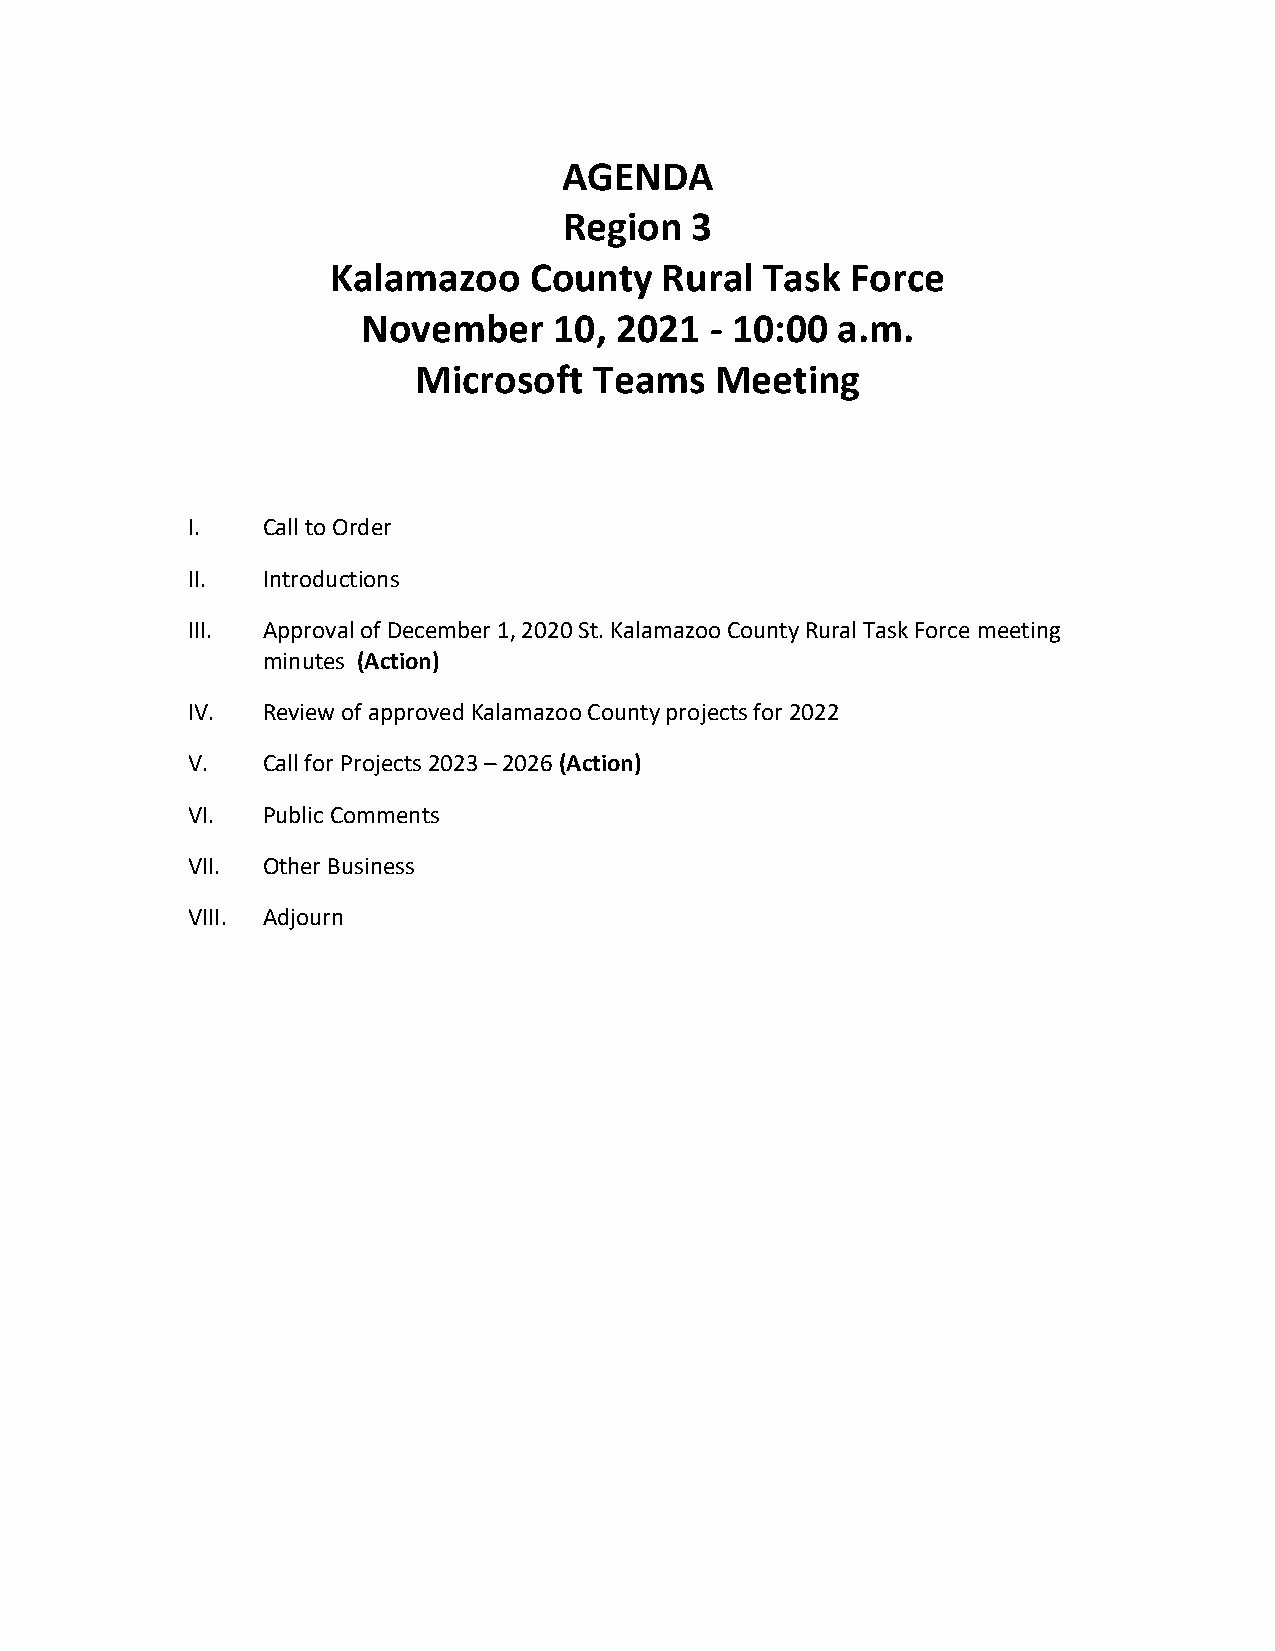
AGENDA
 Region   3
 Kalamazoo    County   Rural  Task Force
 November     10, 2021  - 10:00 a.m.
 Microsoft   Teams   Meeting
 I.   Call to Order
 II.  Introductions
 III. Approval of December 1, 2020 St. Kalamazoo County Rural Task Force meeting
 minutes (Action)
 IV.  Review of approved Kalamazoo County projects for 2022
 V.   Call for Projects 2023 – 2026 (Action)
 VI.  Public Comments
 VII. Other Business
 VIII. Adjourn